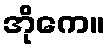
အိုကေ။